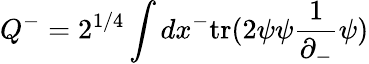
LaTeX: Q^{-}=2^{1/4}\int dx^{-}\mathrm{tr}(2\psi\psi\frac{1}{\partial_{-}}\psi)